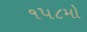
૧૫૮મો